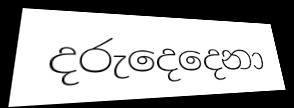
දරුදෙදෙනා